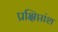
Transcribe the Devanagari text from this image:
प्रक्षिप्तांश